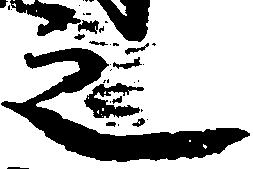
之